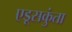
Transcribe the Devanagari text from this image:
एडूसकुंता